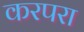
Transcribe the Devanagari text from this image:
करपरा